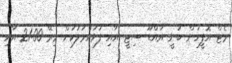
މެޓް އޮފީހުން ބުނީ އައްޑޫ ސިޓީ އާއި ފުވައްމުލަކަށް މިރޭ 21:00 އާއި